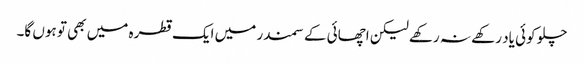
چلو کوئی یاد رکھے نہ رکھے لیکن اچھائی کے سمندر میں ایک قطرہ میں بھی تو ہوں گا۔